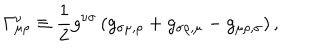
LaTeX: \Gamma _ { \mu \rho } ^ { \nu } \equiv { \frac { 1 } { 2 } } g ^ { \nu \sigma } \left( g _ { \sigma \mu , \rho } + g _ { \sigma \rho , \mu } - g _ { \mu \rho , \sigma } \right) ,